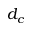
d _ { c }